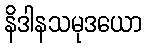
နိဒါနသမုဒယော